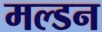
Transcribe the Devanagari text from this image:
मल्‍डन